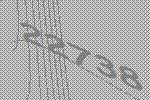
22738